Civil Veterinary Dept. Bombay admin report 1900-1906 - 1900-1906
Year: 1900
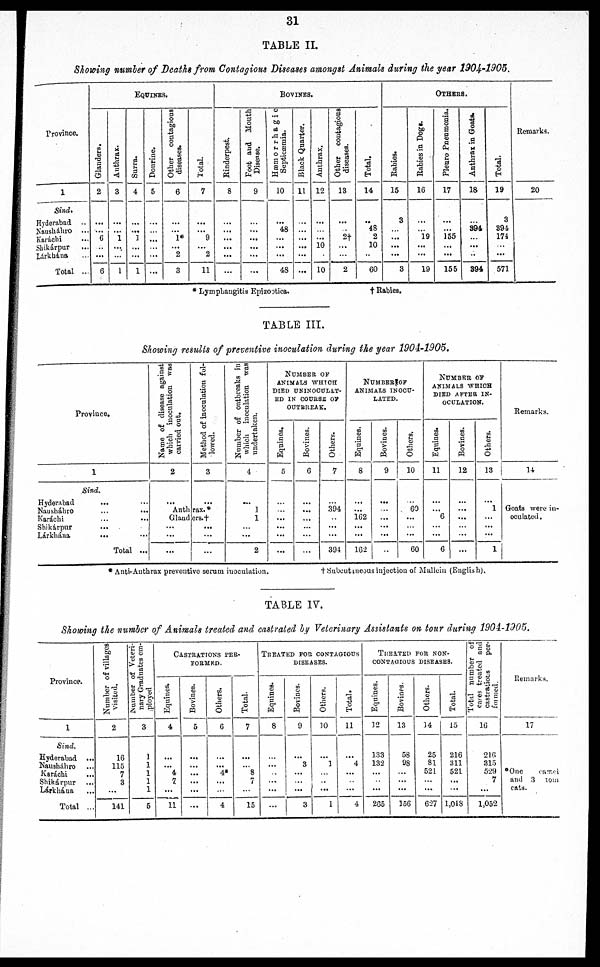
31
TABLE II.
Showing number of Deaths from Contagious Diseases amongst Animals during the year 1904-1905.
Province.
1
Sind,
Hyderabad ..
Nausháhro ...
Karachi
Shikárpur ...
Lárkhána ...
Total ...
EQUINES.
Glanders.
2
...
...
6
...
6
Anthrax.
3
...
...
1
...
1
Surra.
4
...
...
3
...
...
1
Dourine.
5
...
...
...
...
...
Other contagious
diseases.
6
...
...
1*
...
2
3
Total.
7
...
...
9
...
2
11
Rinderpest.
8
...
...
...
...
...
...
Foot and Mouth
Disease.
9
...
...
...
...
...
...
BOVINES.
Hæmorrhagic
Septicæmia.
10
...
48
...
...
...
48
Black Quarter.
14
...
...
...
...
...
...
Anthrax.
12
...
...
...
10
10
Other contagious
diseases.
13
...
...
2†
...
...
2
Total.
14
..
48
2
10
...
.60
Others.
Babies.
15
3
...
...
...
...
3
Rabies in Dogs.
16
...
...
19
...
...
19
Pleuro Pneumonia.
17
...
...
155
...
...
155
Anthrax in Goats.
18
...
394
...
...
...
394
Total.
19
3
394
174
...
...
571
Remarks.
20
* Lymphangitis Epizootica.
† Rabies.
TABLE III.
Showing results of preventive inoculation during the year 1904-1905.
Province.
1
Sind.
Hyderabad
...
Nausháhro ... ...
Karáchi ... ...
Shikárpur
...
Lárkhána ... ...
Total ...
Name of disease against
which inoculation was
carried out.
2
...
Method of inoculation fol-
lowed.
3
...
Anthrax.*
Glanders.†
...
...
...
...
...
Number of outbreaks in
which inoculation was
undertaken.
4
...
1
1
...
2
Number of
animals which
DIED UNINOCULAT-
ED IN COURSE OF
OUTBREAK.
Equines.
5
...
...
...
...
Bovines.
6
...
...
...
Others.
7
394
...
...
394
NUMBER OF
ANIMALS INOCU-
LATED.
Equines.
8
...
...
162
...
...
162
Bovines.
9
...
...
...
...
..
Others.
10
60
...
...
60
NUMBER OF
ANIMALS WHICH
DIED AFTER IN-
OCULATION.
Equines.
11
...
...
6
...
6
Bovines.
12
...
...
...
...
...
Others.
13
...
1
...
...
1
Remarks.
14
Goats were in-
oculated.
* Anti-Anthrax preventive serum inoculation.
† Subcutineous injection of Mallein (English).
TABLE IV.
Showing the number of Animals treated and castrated by Veterinary Assistants on tour during 1904-1905.
Province.
1
Sind.
Hyderabad ...
Nausháhro ...
Karáchi ...
Shikárpur ...
Lárkhána ...
Total ...
Number of villages
visited.
2
16
115
7
3
...
141
Number
of Veteri-
nary Graduates em-
ployed
3
1
1
1
1
1
5
CASTRATIONS PER¬
FORMED.
Equines.
4
...
...
4
7
...
11
Bovines.
5
...
...
...
...
...
...
Others.
6
...
...
4*
4
Total.
7
...
8
7
15
TREATED FOR CONTAGIOUS
DISEASES.
Equines.
8
...
...
...
Bovines.
9
...
3
...
3
Others.
10
...
1
..
...
1
Total.
11
...
4
...
...
4
TREATED FOR NON¬
CONTAGIOUS DISEASES.
Equines.
12
133
132
...
...
265
Bovines.
13
58
98
...
156
Others.
34
25
81
521
...
627
Total.
15
216
311
521
...
...
1,048
Total
number of
cases
treated and
castrations
per¬
formed.
16
216
313
529
7
1,052
Remarks.
17
*One
camel
and 3 tom
cats.